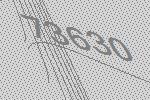
73630